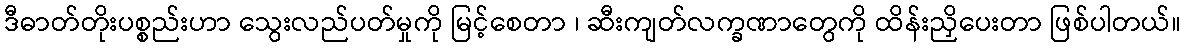
ဒီဓာတ်တိုးပစ္စည်းဟာ သွေးလည်ပတ်မှုကို မြင့်စေတာ ၊ ဆီးကျတ်လက္ခဏာတွေကို ထိန်းညှိပေးတာ ဖြစ်ပါတယ်။